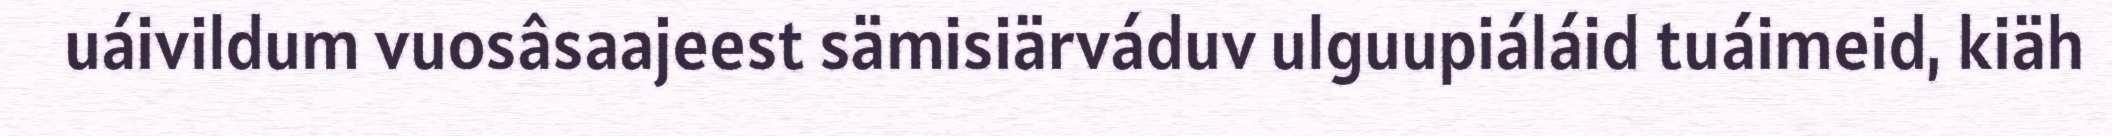
uáivildum vuosâsaajeest sämisiärváduv ulguupiáláid tuáimeid, kiäh